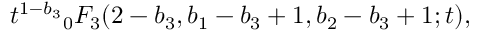
{ t ^ { 1 - b _ { 3 } } } _ { 0 } F _ { 3 } ( 2 - b _ { 3 } , b _ { 1 } - b _ { 3 } + 1 , b _ { 2 } - b _ { 3 } + 1 ; t ) ,